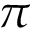
\pi